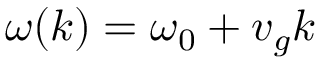
\omega ( k ) = \omega _ { 0 } + v _ { g } k